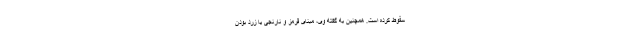
سقوط کرده است. همچنین به گفته وی، مبنای قرمز و نارنجی یا زرد بودن